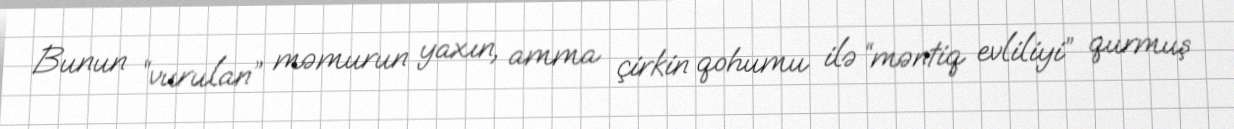
Bunun “vurulan” məmurun yaxın, amma çirkin qohumu ilə “məntiq evliliyi” qurmuş